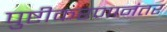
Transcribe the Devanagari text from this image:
पुष्टीकरणानंतर